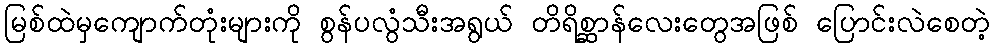
မြစ်ထဲမှကျောက်တုံးများကို စွန်ပလွံသီးအရွယ် တိရိစ္ဆာန်လေးတွေအဖြစ် ပြောင်းလဲစေတဲ့